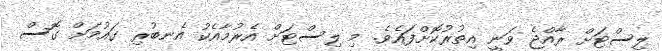
ލިސްޓަށް ރާއްޖެ ވަނީ އިތުރުކޮށްފައެވެ. މި ލިސްޓަށް އެރުމާއެކު އެނބުރި ގައުމަށް ގޮސް